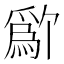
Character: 𬋱